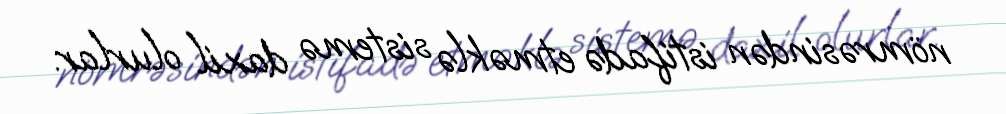
nömrəsindən istifadə etməklə sistemə daxil olurlar.